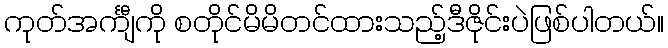
ကုတ်အင်္ကျီကို စတိုင်မိမိတင်ထားသည့်ဒီဇိုင်းပဲဖြစ်ပါတယ်။